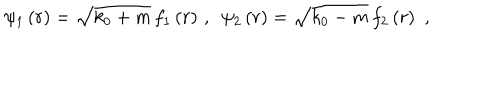
\psi _ { 1 } \left( r \right) = \sqrt { k _ { 0 } + m } \, f _ { 1 } \left( r \right) \, , \, \, \, \psi _ { 2 } \left( r \right) = \sqrt { k _ { 0 } - m } \, f _ { 2 } \left( r \right) \, \, ,